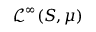
{ \mathcal { L } } ^ { \infty } ( S , \mu )